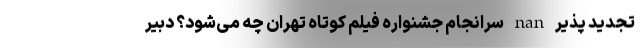
تجدید پذیر nan سرانجامِ جشنواره فیلم کوتاه تهران چه می‌شود؟ دبیر